Indian journal of veterinary science and animal husbandry - Volumes 26-27, 1956-1957
Year: 1956
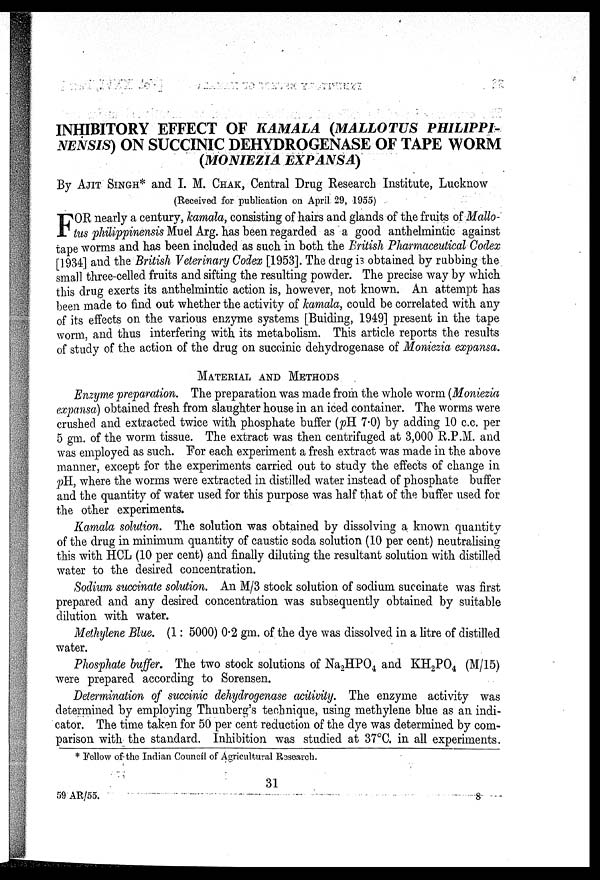
INHIBITORY EFFECT OF KAMALA (MALLOTUS PHILIPPI¬
NENSIS) ON SUCCINIC DEHYDROGENASE OF TAPE WORM
(MONIEZIA
EXPANSA)
By AJIT SINGH* and I. M. CHAK, Central Drug Research Institute, Lucknow
(Received for publication on April 29, 1955)
F OR nearly a century, kamala, consisting of hairs and glands of the fruits of Mallo-
tus philippinensis Muel Arg. has been regarded as a good anthelmintic against
tape worms and has been included as such in both the British Pharmaceutical Codex
[1934] and the British Veterinary Codex [1953]. The drug is obtained by rubbing the
small three-celled fruits and sifting the resulting powder. The precise way by which
this drug exerts its anthelmintic action is, however, not known. An attempt has
been made to find out whether the activity of kamala, could be correlated with any
of its effects on the various enzyme systems [Buiding, 1949] present in the tape
worm, and thus interfering with its metabolism. This article reports the results
of study of the action of the drug on succinic dehydrogenase of Moniezia expansa.
MATERIAL AND METHODS
Enzyme preparation. The preparation was made from the whole worm (Moniezia
expansa) obtained fresh from slaughter house in an iced container. The worms were
crushed and extracted twice with phosphate buffer (pH 7.0) by adding 10 c.c. per
5 gm. of the worm tissue. The extract was then centrifuged at 3,000 R.P.M. and
was employed as such. For each experiment a fresh extract was made in the above
manner, except for the experiments carried out to study the effects of change in
pH, where the worms were extracted in distilled water instead of phosphate buffer
and the quantity of water used for this purpose was half that of the buffer used for
the other experiments.
Kamala solution. The solution was obtained by dissolving a known quantity
of the drug in minimum quantity of caustic soda solution (10 per cent) neutralising
this with HCL (10 per cent) and finally diluting the resultant solution with distilled
water to the desired concentration.
Sodium succinate solution. An M/3 stock solution of sodium succinate was first
prepared and any desired concentration was subsequently obtained by suitable
dilution with water.
Methylene Blue. (1 : 5000) 0.2 gm. of the dye was dissolved in a litre of distilled
water.
Phosphate buffer. The two stock solutions of Na 2 HPO 4 and KH 2 PO 4 (M/15)
were prepared according to Sorensen.
Determination of succinic dehydrogenase acitivity. The enzyme activity was
determined by employing Thunberg's technique, using methylene blue as an indi-
cator. The time taken for 50 per cent reduction of the dye was determined by com-
parison with the standard. Inhibition was studied at 37°C. in all experiments.
* Fellow of the Indian Council of Agricultural Research.
31
59 AR/55.
8